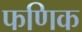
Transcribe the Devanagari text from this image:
फणिक